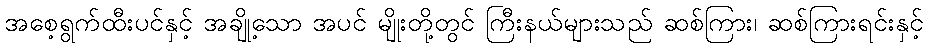
အစေ့ရွက်ထီးပင်နှင့် အချို့သော အပင် မျိုးတို့တွင် ကြီးနယ်များသည် ဆစ်ကြား၊ ဆစ်ကြားရင်းနှင့်